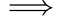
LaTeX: \implies